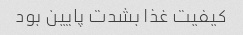
کیفیت غذا بشدت پایین بود